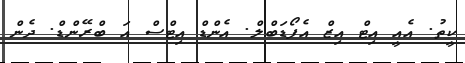
ކީތު. އެއީ އިޓް އިޒް އެފޯޑަބްލް. އެންޑް އިޓްސް އަ ބްރޭންޑް. ދެން